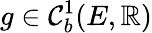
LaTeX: g\in\mathcal{C}_{b}^{1}(E,\mathbb{R})